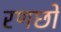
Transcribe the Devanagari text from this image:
रणछो